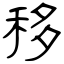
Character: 移